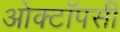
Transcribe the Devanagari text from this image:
ओक्टॉपसी